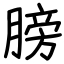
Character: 膀